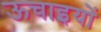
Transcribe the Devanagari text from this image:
ऊचाइयों